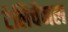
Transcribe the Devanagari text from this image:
टेलिचैनल